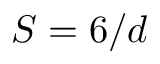
S = 6 / d